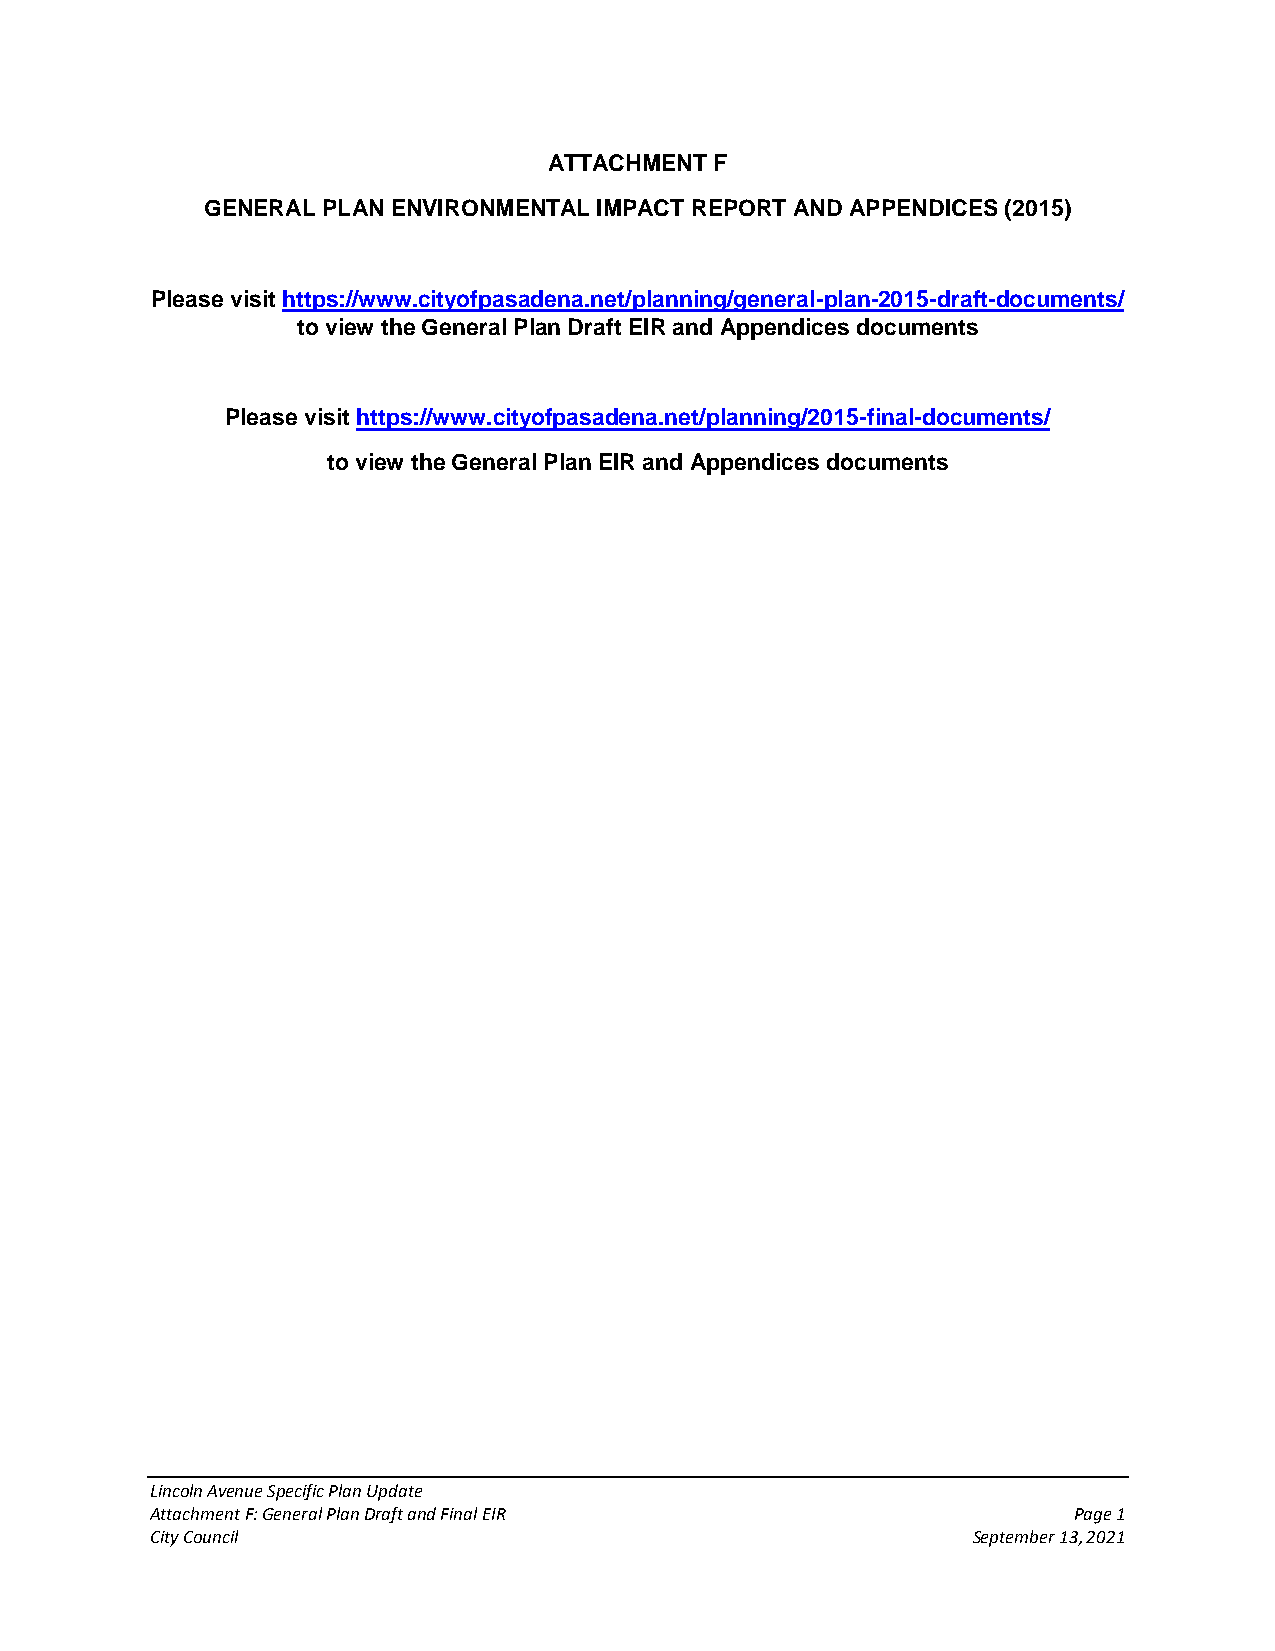
ATTACHMENT F
 GENERAL PLAN ENVIRONMENTAL IMPACT REPORT AND APPENDICES (2015)
 Please visit https://www.cityofpasadena.net/planning/general-plan-2015-draft-documents/
 to view the General Plan Draft EIR and Appendices documents
 Please visit https://www.cityofpasadena.net/planning/2015-final-documents/
 to view the General Plan EIR and Appendices documents
 Lincoln Avenue Specific Plan Update
 Attachment F: General Plan Draft and Final EIR               Page 1
 City Council                                          September 13, 2021